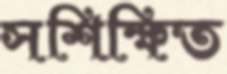
সশিক্ষিত